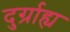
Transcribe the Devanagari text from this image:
दुर्ग्राह्य